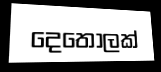
දෙතොලක්